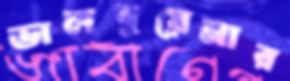
ভালবুয়েনার